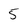
Character: 5